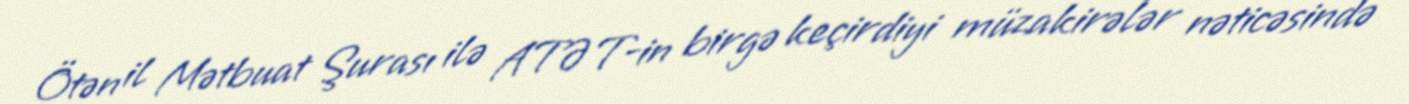
Ötən il Mətbuat Şurası ilə ATƏT-in birgə keçirdiyi müzakirələr nəticəsində